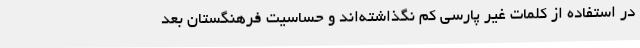
در استفاده از کلمات غیر پارسی کم نگذاشته‌اند و حساسیت فرهنگستان بعد